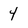
Character: 4